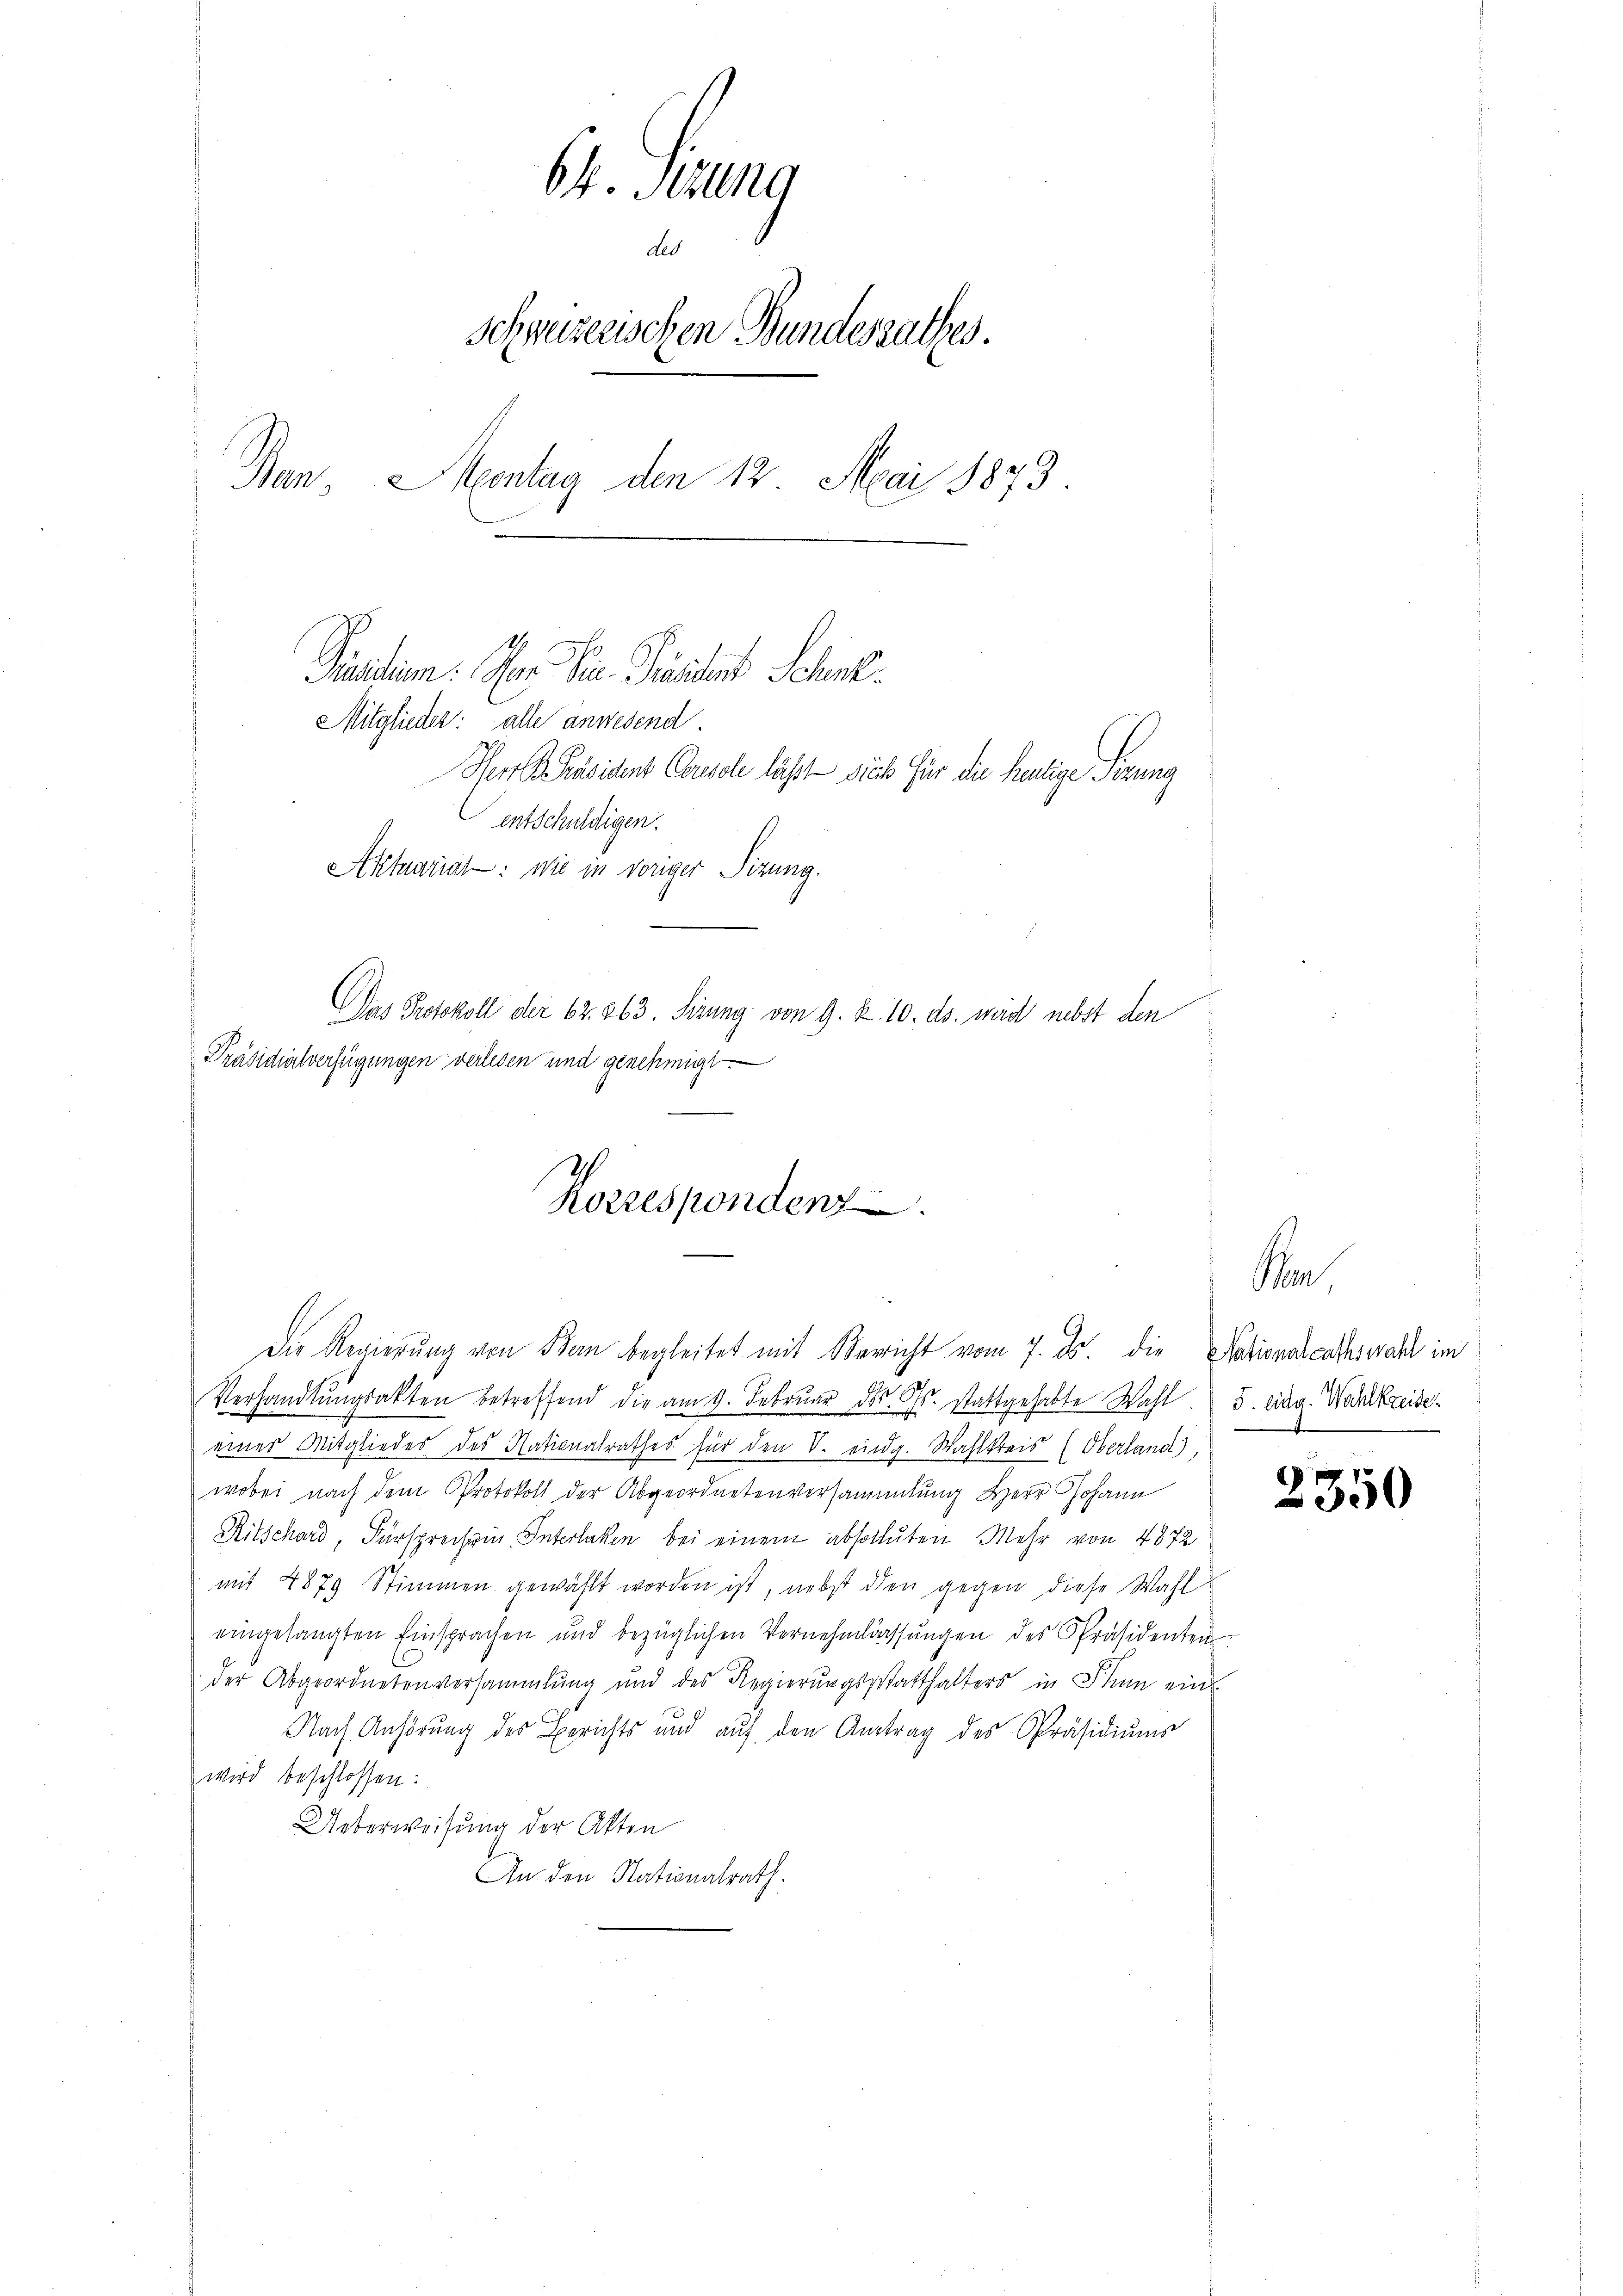
64. Sizung
des
Schweizerischen Bundesrathes.
Ban. Mentag den 12. Mai 1873.
Puendum. Der H. Präsident Schne
Mitglieder: alle anwesend
Herr Präsident Ceresole läßt sich für die heutige Sizung
entschuldigen.
Aktuariat: wie in voriger Sitzung.
Das Protokoll der 62. 263. Sizung von 9. & 10. ds. wird nebst den
Präsidialverfügungen verlesen und genehmigt

Ich
Korresponden

e
Verhandlŭngsakten betreffend die am 9. Febrŭar d. Cts. stattgehabte Wahl. 5. Eing. Wahlkreise
eines Mitgliedes des Nationalrathes für den V. eing. Wahlkreis (Oberland)
wobei nach dem Protokoll der Abgeordnetenversammlung Herr Johann
Ritschard, Fürsprochein Interlaken bei einem absoluten Mehr von 4872
mit 4879 Stimmen gewählt worden ist, nebst den gegen diese Wahl
eingelangten Einsprachen und bezüglichen Vernehmlassŭngen des Präsidenten
der Abgeordnetenversammlung und des Regierŭngsstatthalters in Thun ein
Nach Anhörung des Berichts und auf den Antrag des Präsidiums
wird beschlossen:
Ueberweisung der Akten
An den Nationalrath.

Die Regierung von Bern begleitet mit Verricht vom 7. ds. die Nationalrathswahl im

n

2350